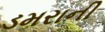
ડમરાની